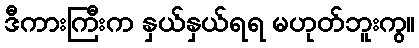
ဒီကားကြီးက နှယ်နှယ်ရရ မဟုတ်ဘူးကွ။